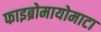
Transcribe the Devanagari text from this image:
फाइब्रोमायोमाटा